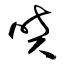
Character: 噴